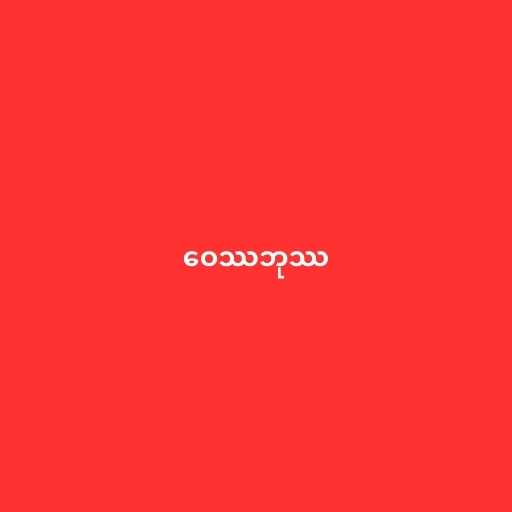
ဝေဿဘုဿ